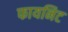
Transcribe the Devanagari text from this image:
फायनिट